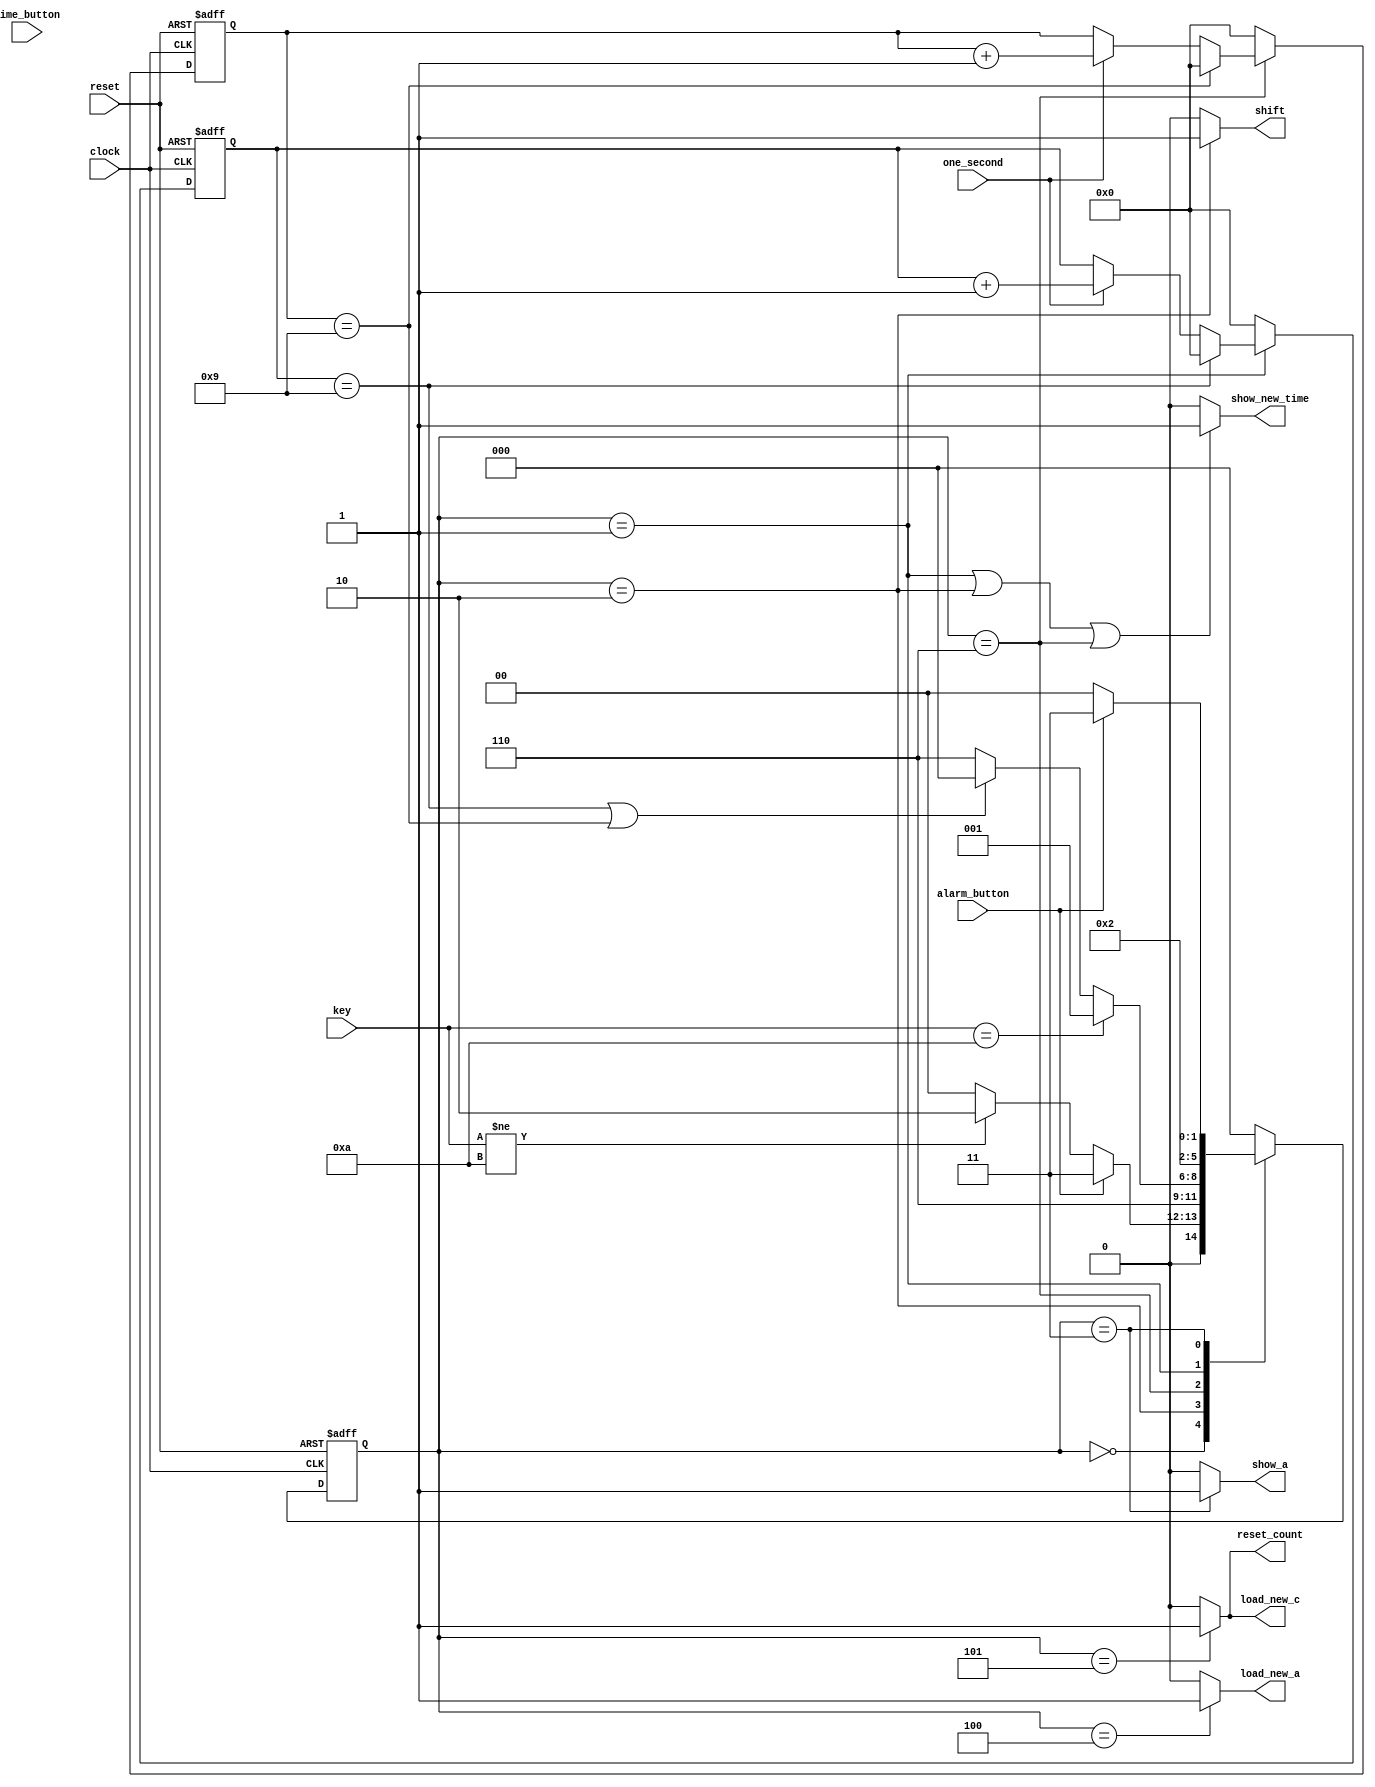
/*My Code*/
module fsm (clock,
            reset,
            one_second,
            time_button,
            alarm_button,
            key,
            reset_count,
            load_new_a,
            show_a,
            show_new_time,              
            load_new_c,              
            shift);

input clock, 
      reset, 
      one_second,
      time_button, 
      alarm_button;

input [3:0] key;

output load_new_a,
       show_a,
       show_new_time,
       load_new_c,
       shift,
       reset_count;
       

reg [2:0] pre_state,next_state;

wire time_out;

reg [3:0] count1,count2;


parameter SHOW_TIME         = 3'b000;
parameter KEY_ENTRY         = 3'b001;
parameter KEY_STORED        = 3'b010; 
parameter SHOW_ALARM        = 3'b011;
parameter SET_ALARM_TIME    = 3'b100;
parameter SET_CURRENT_TIME  = 3'b101;
parameter KEY_WAITED        = 3'b110;
parameter NOKEY             = 10;


always @ (posedge clock or posedge reset)
begin
 
  if(reset)
     count1 <= 4'd0;
 
  else if(!(pre_state == KEY_ENTRY))
     count1 <= 4'd0;
 
  else if (count1==9)
     count1 <= 4'd0;
 
  else if(one_second)
     count1 <= count1 + 1'b1;
end


always @ (posedge clock or posedge reset)
begin
 
  if(reset)
     count2 <= 4'd0;
 
  else if(!(pre_state == KEY_WAITED))
     count2 <= 4'd0;
 
  else if (count2==9)
     count2 <= 4'd0;
 
  else if(one_second)
     count2 <= count2 + 1'b1;
end


assign time_out=((count1==9) || (count2==9)) ? 0 : 1;


always @ (posedge clock or posedge reset) 
begin
 
  if(reset)
     pre_state <= SHOW_TIME;
 
  else
     pre_state <= next_state;
end


always @ (pre_state or key or alarm_button or time_button or time_out)
begin
  case(pre_state)
    
       SHOW_TIME  : begin
                   
                     if (alarm_button)
                       next_state = SHOW_ALARM;
                    
                     else if (key != NOKEY)
                        next_state = KEY_STORED;
                        
		     else
                        next_state = SHOW_TIME; 						  
                    end
       KEY_STORED : next_state = KEY_WAITED;
      
       KEY_WAITED : begin
                  
                     if (key == NOKEY)  
                       next_state = KEY_ENTRY;
                   
                     else if(time_out == 0)
                       next_state = SHOW_TIME;
                   
                     else
                        next_state = KEY_WAITED;
	           end
      
       KEY_ENTRY  : begin
                    
                      if (alarm_button)
                       next_state = SET_ALARM_TIME;
                   
                      else if (time_button)
                       next_state = SET_CURRENT_TIME;
                   
                      else if (time_out == 0) 
                       next_state = SHOW_TIME;
                   
                      else if (key != NOKEY)
                       next_state =KEY_STORED;
                   
            
                       next_state = KEY_ENTRY;	  
                    end
     
      SHOW_ALARM  : begin
                  
                      if (!alarm_button)
                       next_state = SHOW_TIME;
		      else
                       next_state = SHOW_ALARM;		  
                    end
   
   SET_ALARM_TIME : next_state = SHOW_TIME;
 
   SET_CURRENT_TIME : next_state = SHOW_TIME;
  
        default : next_state = SHOW_TIME;

  endcase
end
       

assign show_new_time = (pre_state == KEY_ENTRY||
                        pre_state == KEY_STORED||
                        pre_state == KEY_WAITED) ? 1 : 0;

assign show_a        = (pre_state == SHOW_ALARM) ? 1 : 0;
assign load_new_a    = (pre_state == SET_ALARM_TIME) ? 1 : 0;
assign load_new_c    = (pre_state == SET_CURRENT_TIME) ? 1 : 0;
assign reset_count   = (pre_state == SET_CURRENT_TIME) ? 1 : 0;
assign shift         = (pre_state == KEY_STORED) ? 1 : 0;

endmodule